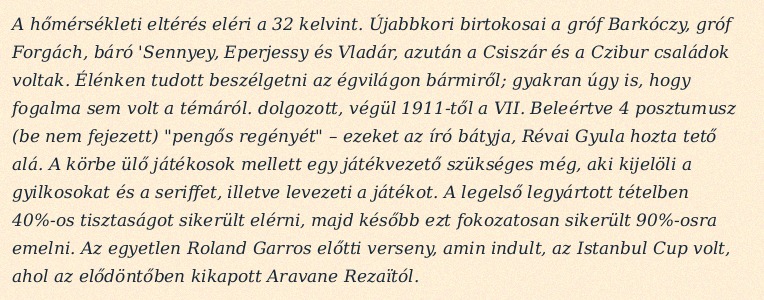
A hőmérsékleti eltérés eléri a 32 kelvint. Újabbkori birtokosai a gróf Barkóczy, gróf Forgách, báró 'Sennyey, Eperjessy és Vladár, azután a Csiszár és a Czibur családok voltak. Élénken tudott beszélgetni az égvilágon bármiről; gyakran úgy is, hogy fogalma sem volt a témáról. dolgozott, végül 1911-től a VII. Beleértve 4 posztumusz (be nem fejezett) "pengős regényét" – ezeket az író bátyja, Révai Gyula hozta tető alá. A körbe ülő játékosok mellett egy játékvezető szükséges még, aki kijelöli a gyilkosokat és a seriffet, illetve levezeti a játékot. A legelső legyártott tételben 40%-os tisztaságot sikerült elérni, majd később ezt fokozatosan sikerült 90%-osra emelni. Az egyetlen Roland Garros előtti verseny, amin indult, az Istanbul Cup volt, ahol az elődöntőben kikapott Aravane Rezaïtól.